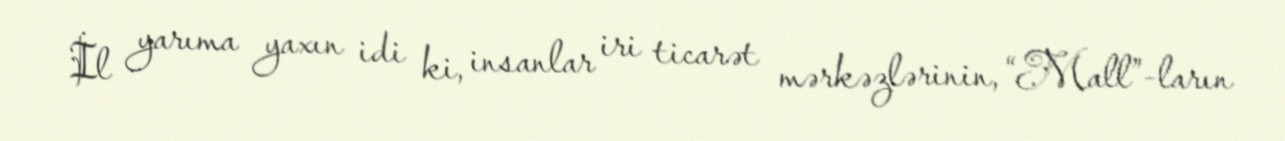
İl yarıma yaxın idi ki, insanlar iri ticarət mərkəzlərinin, “Mall”-ların